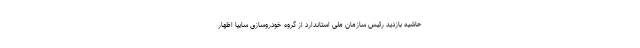
حاشیه بازدید رئیس سازمان ملی استاندارد از گروه خودروسازی سایپا اظهار